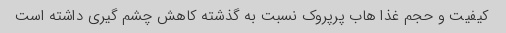
کیفیت و حجم غذا هاب پرپروک نسبت به گذشته کاهش چشم گیری داشته است